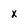
Character: x